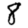
Digit: 8